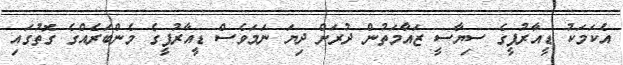
އެކަމަކު ޑީއާރުޕީގެ ސިޔާސީ ޒައާމަތުން ދުރަށް ދިޔަ ނަމަވެސް ޑީއާރުޕީގެ މެންބަރެއްގެ ގޮތުގައި